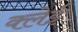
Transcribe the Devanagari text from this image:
क्लेई